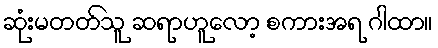
ဆုံးမတတ်သူ ဆရာဟူလော့ စကားအရ ဂါထာ။